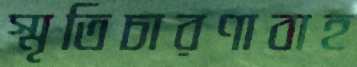
স্মৃতিচারণাবাহ